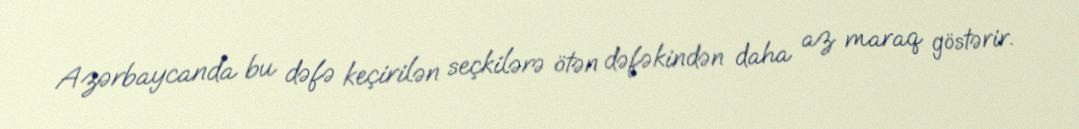
Azərbaycanda bu dəfə keçirilən seçkilərə ötən dəfəkindən daha az maraq göstərir.